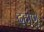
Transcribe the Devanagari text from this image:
दहाणू